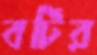
বটির